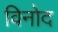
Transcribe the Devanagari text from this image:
विनोेद